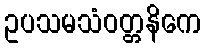
ဥပသမသံဝတ္တနိကေ